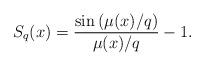
LaTeX: \begin{align*}S_q(x)=\frac{\sin \left( \mu(x)/q\right)}{\mu(x)/q}-1. \end{align*}